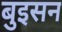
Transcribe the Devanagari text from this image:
बुइसन